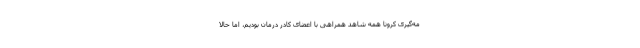
مه‌گیری ‌کرونا همه شاهد همراهی با اعضای کادر درمان بودیم، اما حالا